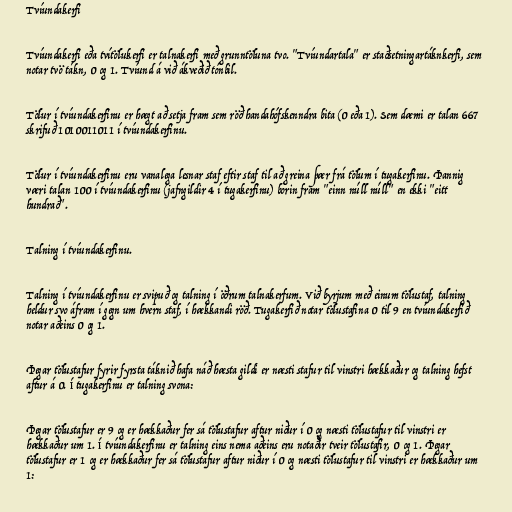
Tvíundakerfi

Tvíundakerfi eða tvítölukerfi er talnakerfi með grunntöluna tvo. "Tvíundartala" er staðsetningartáknkerfi, sem
notar tvö tákn, 0 og 1. Tvíund á við ákveðið tónbil.

Tölur í tvíundakerfinu er hægt að setja fram sem röð handahófskenndra bita (0 eða 1). Sem dæmi er talan 667
skrifuð 1010011011 í tvíundakerfinu.

Tölur í tvíundakerfinu eru vanalega lesnar staf eftir staf til að greina þær frá tölum í tugakerfinu. Þannig
væri talan 100 í tvíundakerfinu (jafngildir 4 í tugakerfinu) borin fram "einn núll núll" en ekki "eitt
hundrað".

Talning í tvíundakerfinu.

Talning í tvíundakerfinu er svipuð og talning í öðrum talnakerfum. Við byrjum með einum tölustaf, talning
heldur svo áfram í gegn um hvern staf, í hækkandi röð. Tugakerfið notar tölustafina 0 til 9 en tvíundakerfið
notar aðeins 0 og 1.

Þegar tölustafur fyrir fyrsta táknið hafa náð hæsta gildi er næsti stafur til vinstri hækkaður og talning hefst
aftur á 0. Í tugakerfinu er talning svona:

Þegar tölustafur er 9 og er hækkaður fer sá tölustafur aftur niður í 0 og næsti tölustafur til vinstri er
hækkaður um 1. Í tvíundakerfinu er talning eins nema aðeins eru notaðir tveir tölustafir, 0 og 1. Þegar
tölustafur er 1 og er hækkaður fer sá tölustafur aftur niður í 0 og næsti tölustafur til vinstri er hækkaður um
1: